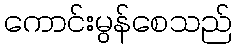
ကောင်းမွန်စေသည်